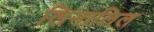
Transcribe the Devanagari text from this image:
लिनालिल